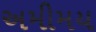
અમીમય